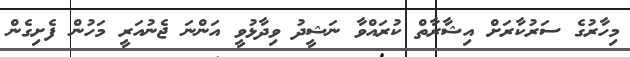
މިހާރުގެ ސަރުކާރަށް އިޝާރާތް ކުރައްވާ ނަޝީދު ވިދާޅުވީ އަންނަ ޖެނުއަރީ މަހުން ފެށިގެން